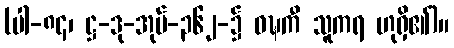
(ပါ-၈၄၊ ဋ္ဌ-ဒု-အုပ်-၃၆၂-၌ ဝဍ္ဎကီ သူကရ ဟုရှိ၏)။